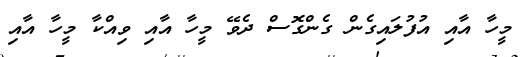
މީހާ އާއި އުފުލައިގެން ގެންގޮސް ދެވޭ މީހާ އާއި ވިއްކާ މީހާ އާއި